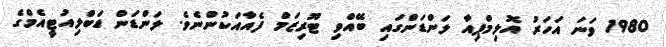
1980 ވަނަ އަހަރު އޮލިމްޕިއާ ލަންޑަންގައި ބޭއްވި ޓޫރިޒަމް ފެއާއަކުންނެވެ. ލަންޑަން ޑަބްލިއުޓީއެމްގެ